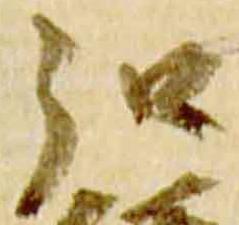
弘